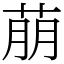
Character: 萠